Lunatic asylums Bombay report 1891-1903 - 1891-1903
Year: 1891
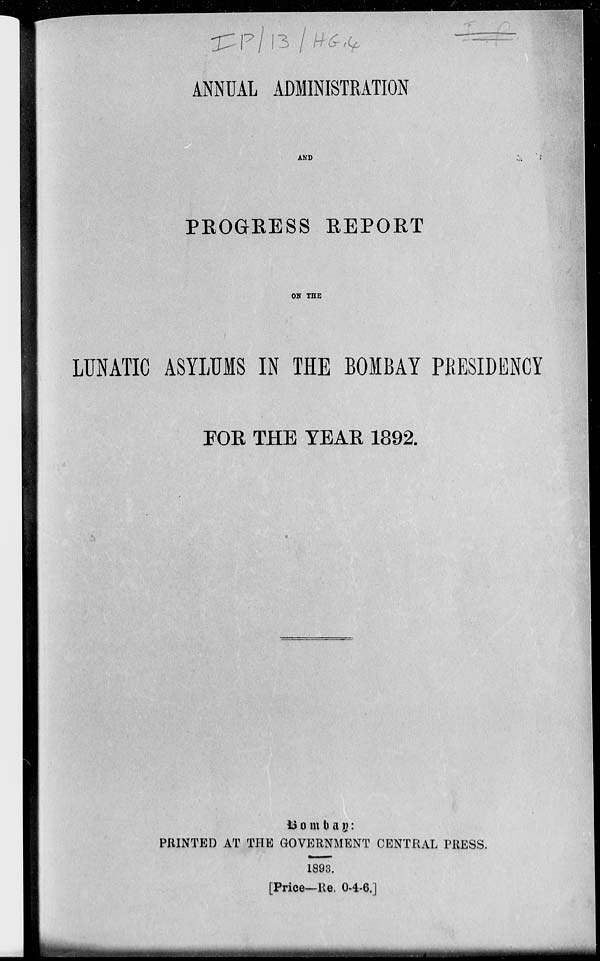
ANNUAL ADMINISTRATION
AND
PROGRESS REPORT
ON THE
LUNATIC ASYLUMS IN THE BOMBAY PRESIDEN
FOR THE YEAR 1892.
Bombay:
PRINTED AT THE GOVERNMENT CENTRAL PRESS.
1893.
[Price—Re. 0-4-6.]